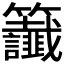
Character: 𫂰